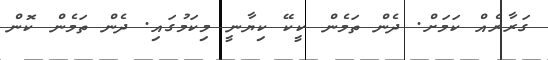
ގަރާރެއް ކަަމަށް. ދެން ތަމެން ކީކޭ ކިޔާނީ މިކަމުގައި. ދެން ތަމެން ކޮން